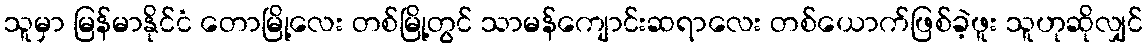
သူမှာ မြန်မာနိုင်ငံ တောမြို့လေး တစ်မြို့တွင် သာမန်ကျောင်းဆရာလေး တစ်ယောက်ဖြစ်ခဲ့ဖူး သူဟုဆိုလျှင်